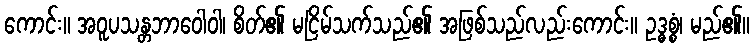
ကောင်း။ အဝူပသန္တဘာဝေါဝါ၊ စိတ်၏ မငြိမ်သက်သည်၏ အဖြစ်သည်လည်းကောင်း။ ဥဒ္ဓစ္စံ၊ မည်၏။